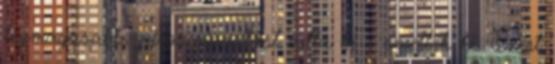
legmagasabb, piros riasztást adta ki - emelték ki. Ezért